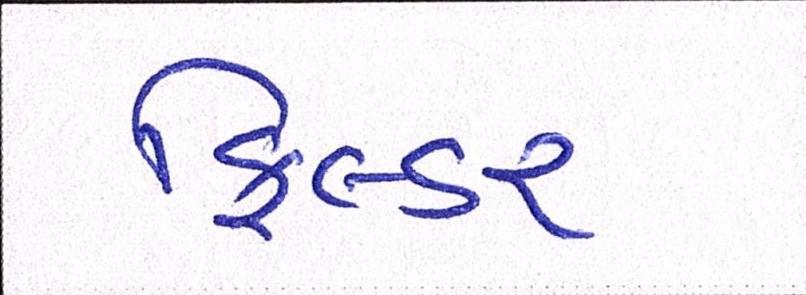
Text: ફિલ્ડર